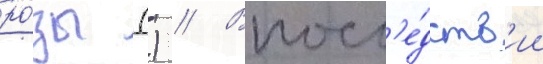
ро́зы () // Впосл'е́дств'ии